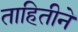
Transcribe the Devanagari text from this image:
ताहितीने